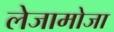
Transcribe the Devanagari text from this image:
लेजामोजा